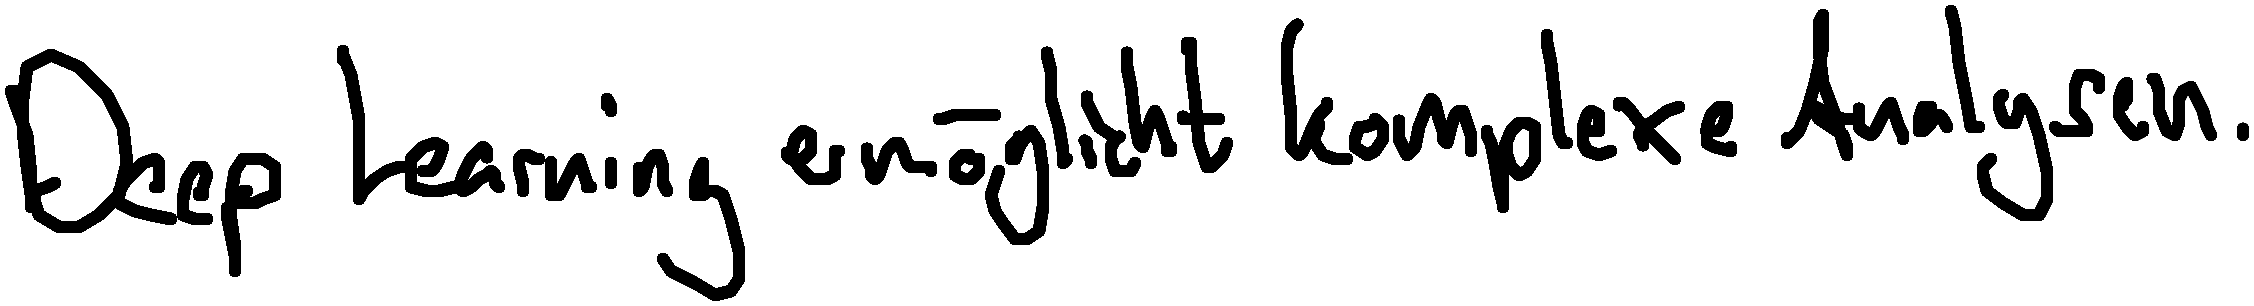
Deep Learning ermöglicht komplexe Analysen.